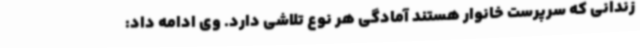
زندانی که سرپرست خانوار هستند آمادگی هر نوع تلاشی دارد. وی ادامه داد: